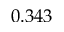
0 . 3 4 3